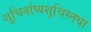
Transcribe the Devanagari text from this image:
शुचिर्वाप्यशुचिस्तथा